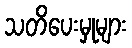
သတိပေးမှုများ